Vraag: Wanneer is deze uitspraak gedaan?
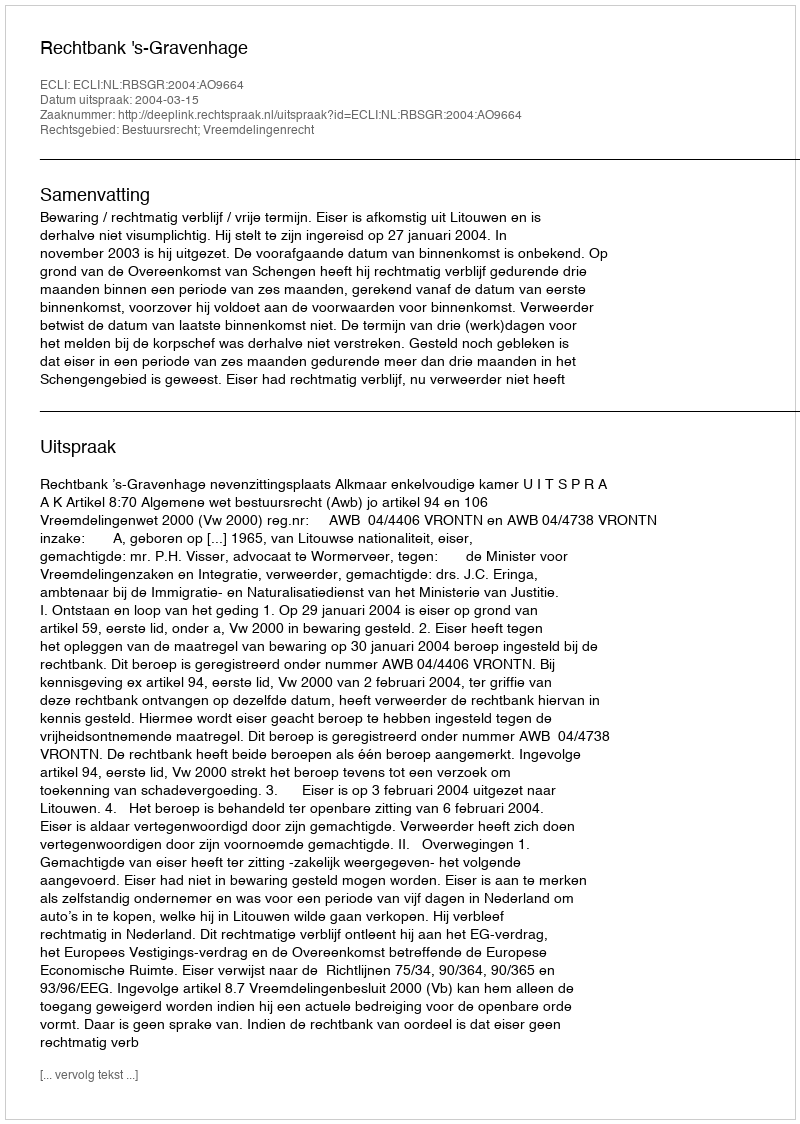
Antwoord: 2004-03-15